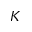
\boldsymbol { K }